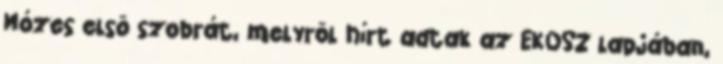
Mózes elsõ szobrát, melyrõl hírt adtak az EKOSZ lapjában,